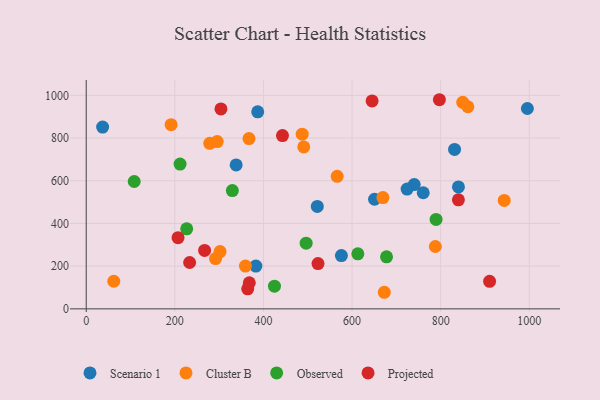
{"axis": {"x": "Experience", "y": "Fuel Efficiency"}, "legend": ["Cluster B", "Observed", "Projected", "Scenario 1"], "data": [{"x": "840.2", "y": 571.2, "type": "Scenario 1"}, {"x": "831.4", "y": 746.7, "type": "Scenario 1"}, {"x": "995.8", "y": 938.2, "type": "Scenario 1"}, {"x": "37.0", "y": 851.1, "type": "Scenario 1"}, {"x": "740.4", "y": 582.1, "type": "Scenario 1"}, {"x": "338.4", "y": 674.0, "type": "Scenario 1"}, {"x": "760.7", "y": 543.7, "type": "Scenario 1"}, {"x": "650.8", "y": 513.3, "type": "Scenario 1"}, {"x": "382.9", "y": 200.6, "type": "Scenario 1"}, {"x": "521.6", "y": 479.7, "type": "Scenario 1"}, {"x": "387.1", "y": 922.9, "type": "Scenario 1"}, {"x": "724.3", "y": 561.0, "type": "Scenario 1"}, {"x": "576.0", "y": 249.5, "type": "Scenario 1"}, {"x": "487.5", "y": 817.9, "type": "Cluster B"}, {"x": "291.9", "y": 235.5, "type": "Cluster B"}, {"x": "491.0", "y": 758.2, "type": "Cluster B"}, {"x": "367.4", "y": 797.6, "type": "Cluster B"}, {"x": "672.8", "y": 77.7, "type": "Cluster B"}, {"x": "943.5", "y": 507.8, "type": "Cluster B"}, {"x": "788.1", "y": 292.1, "type": "Cluster B"}, {"x": "62.2", "y": 129.3, "type": "Cluster B"}, {"x": "302.1", "y": 268.1, "type": "Cluster B"}, {"x": "566.5", "y": 620.7, "type": "Cluster B"}, {"x": "669.7", "y": 521.2, "type": "Cluster B"}, {"x": "861.4", "y": 946.6, "type": "Cluster B"}, {"x": "359.4", "y": 200.5, "type": "Cluster B"}, {"x": "295.6", "y": 783.2, "type": "Cluster B"}, {"x": "849.9", "y": 967.2, "type": "Cluster B"}, {"x": "278.8", "y": 775.2, "type": "Cluster B"}, {"x": "191.6", "y": 862.4, "type": "Cluster B"}, {"x": "424.9", "y": 106.1, "type": "Observed"}, {"x": "789.7", "y": 418.9, "type": "Observed"}, {"x": "677.9", "y": 243.6, "type": "Observed"}, {"x": "613.1", "y": 257.8, "type": "Observed"}, {"x": "211.8", "y": 678.0, "type": "Observed"}, {"x": "108.3", "y": 596.5, "type": "Observed"}, {"x": "329.8", "y": 554.0, "type": "Observed"}, {"x": "496.4", "y": 307.8, "type": "Observed"}, {"x": "226.8", "y": 375.0, "type": "Observed"}, {"x": "368.1", "y": 122.0, "type": "Projected"}, {"x": "233.4", "y": 217.2, "type": "Projected"}, {"x": "645.3", "y": 973.6, "type": "Projected"}, {"x": "910.5", "y": 128.9, "type": "Projected"}, {"x": "267.2", "y": 273.8, "type": "Projected"}, {"x": "840.1", "y": 510.5, "type": "Projected"}, {"x": "304.1", "y": 936.5, "type": "Projected"}, {"x": "207.2", "y": 333.2, "type": "Projected"}, {"x": "364.5", "y": 94.0, "type": "Projected"}, {"x": "443.0", "y": 811.5, "type": "Projected"}, {"x": "523.2", "y": 212.0, "type": "Projected"}, {"x": "797.2", "y": 979.4, "type": "Projected"}]}